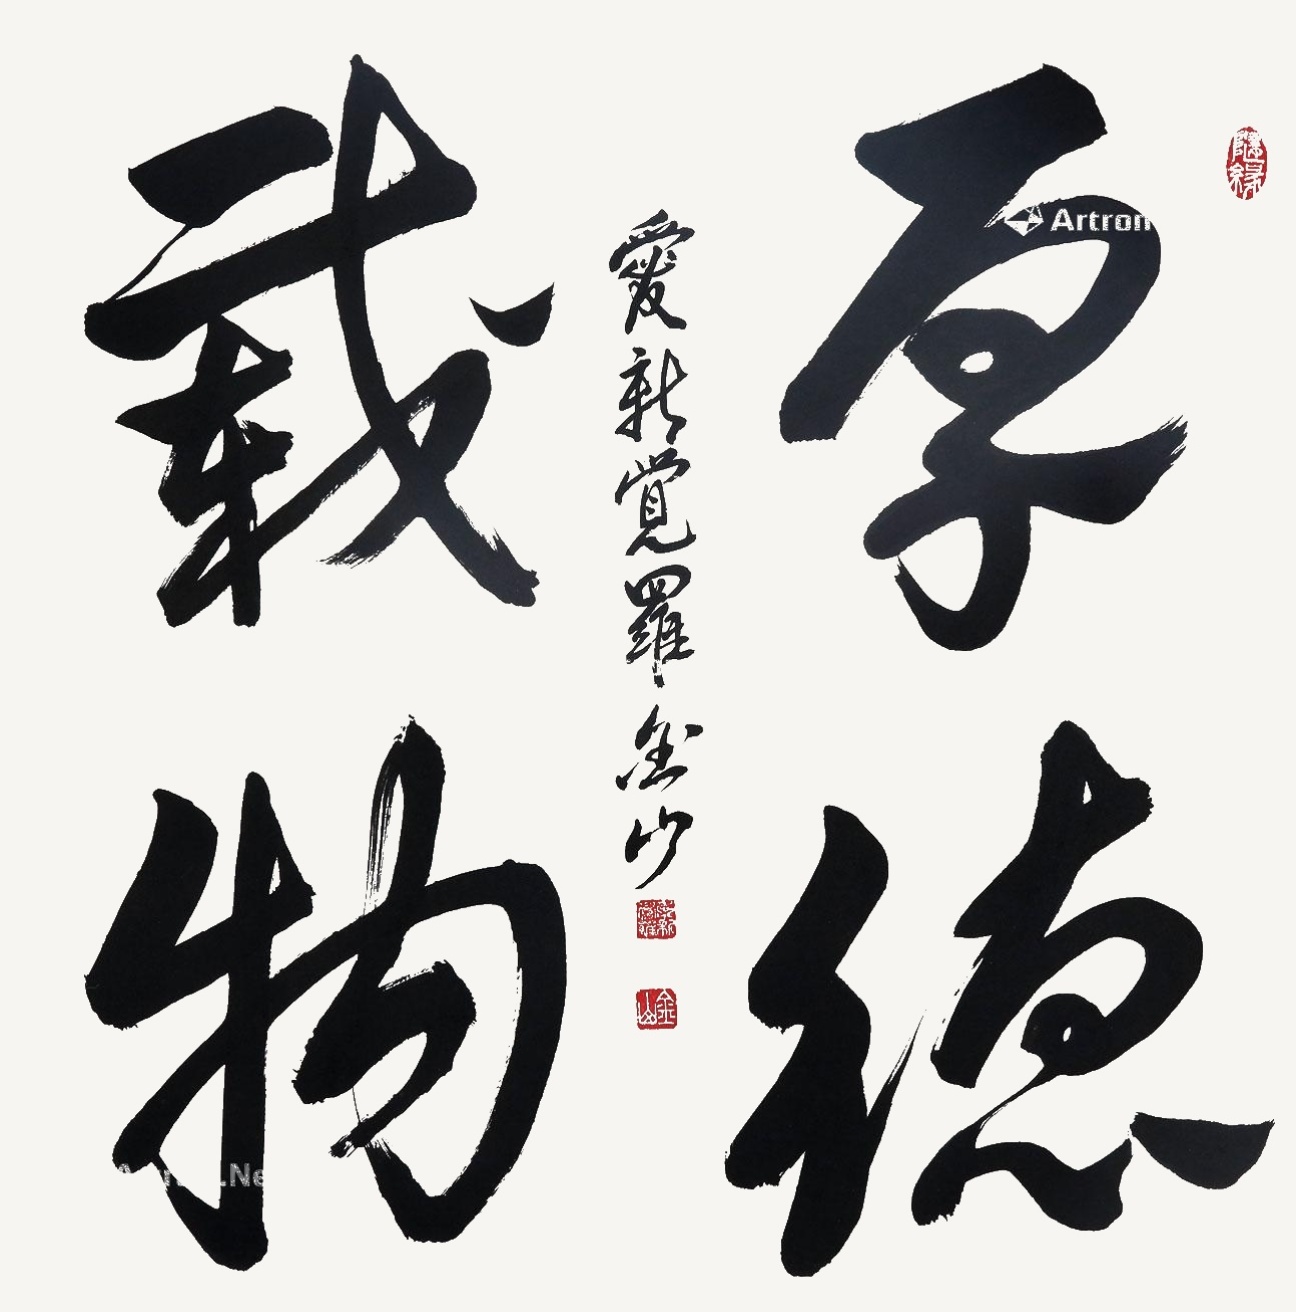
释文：厚德载物爱新觉罗·金山